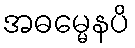
အဓမ္မေနပိ